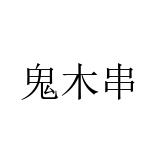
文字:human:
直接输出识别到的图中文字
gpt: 鬼木串